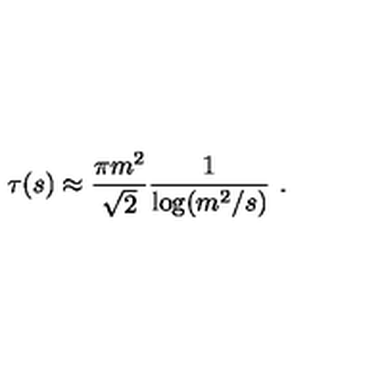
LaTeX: \tau ( s ) \approx \frac { \pi m ^ { 2 } } { \sqrt { 2 } } \frac { 1 } { \log ( m ^ { 2 } / s ) } \ .